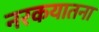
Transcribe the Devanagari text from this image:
नरकयातना